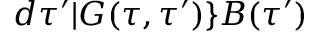
d \tau ^ { \prime } | G ( \tau , \tau ^ { \prime } ) \} B ( \tau ^ { \prime } )